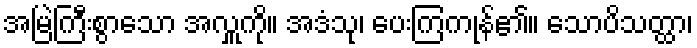
အမြဲကြီးစွာသော အလှူကို။ အဒံသု၊ ပေးကြကုန်၏။ သောပိသတ္ထာ၊